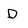
Character: D